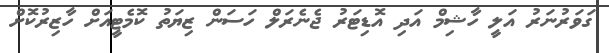
ގަވަރުނަރު އަލީ ހާޝިމް އަދި އޮޑިޓަރު ޖެނެރަލް ހަސަން ޒިޔަތު ކޮމެޓީއަށް ހާޒިރުކޮށް